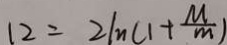
1 2 = 2 1 n ( 1 + \frac { M } { m } )